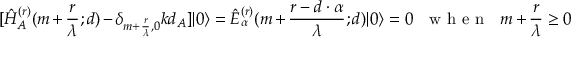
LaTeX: [ \hat { H } _ { A } ^ { ( r ) } ( m + \frac { r } { \lambda } ; d ) - \delta _ { m + \frac { r } { \lambda } , 0 } k d _ { A } ] | 0 \rangle = \hat { E } _ { \alpha } ^ { ( r ) } ( m + \frac { r - d \cdot \alpha } { \lambda } ; d ) | 0 \rangle \nonumber = 0 { \textrm { \ \ w h e n \ \ } } m + \frac { r } { \lambda } \geq 0